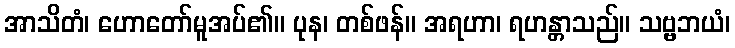
အာသိတံ၊ ဟောတော်မူအပ်၏။ ပုန၊ တစ်ဖန်။ အရဟာ၊ ရဟန္တာသည်။ သဗ္ဗဘယံ၊